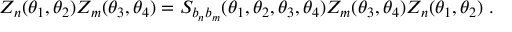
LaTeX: Z _ { n } ( \theta _ { 1 } , \theta _ { 2 } ) Z _ { m } ( \theta _ { 3 } , \theta _ { 4 } ) = S _ { b _ { n } b _ { m } } ( \theta _ { 1 } , \theta _ { 2 } , \theta _ { 3 } , \theta _ { 4 } ) Z _ { m } ( \theta _ { 3 } , \theta _ { 4 } ) Z _ { n } ( \theta _ { 1 } , \theta _ { 2 } ) ~ .